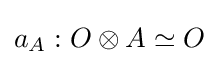
a_{A}:O\otimes A\simeq O